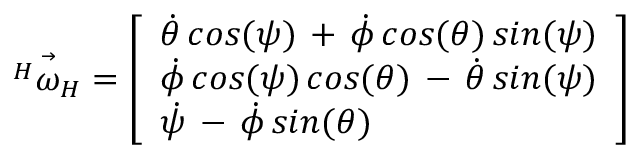
\vec { { ^ H } \omega _ { H } } = \left[ \begin{array} { l } { \dot { \theta } \, c o s ( \psi ) \, + \, \dot { \phi } \, c o s ( \theta ) \, s i n ( \psi ) } \\ { \dot { \phi } \, c o s ( \psi ) \, c o s ( \theta ) \, - \, \dot { \theta } \, s i n ( \psi ) } \\ { \dot { \psi } \, - \, \dot { \phi } \, s i n ( \theta ) } \end{array} \right]